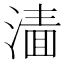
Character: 𰜲